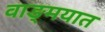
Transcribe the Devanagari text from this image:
वाङ्‍मयात